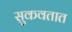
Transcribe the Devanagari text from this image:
सुकवतात